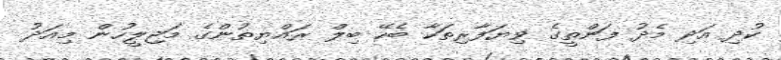
ކުދި އަދި މެދު ފަންތީގެ ވިޔަފާރިތަކާ ބެހޭ ބިލް ރައްޔިތުންގެ މަޖިލީހުން މިއަދު